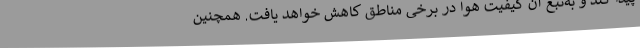
پیدا کند و به‌تبع آن کیفیت هوا در برخی مناطق کاهش خواهد یافت. همچنین